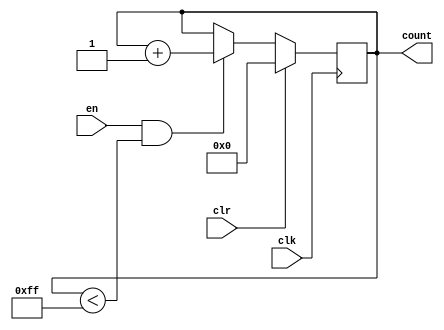
module up_counter(en, clr, count, clk);
	//up_counter with no rollover, halts increasing at MAX
	//synchronous clr
	parameter WIDTH = 8;
	parameter MAX = (1 << WIDTH) - 1;
	input en, clr, clk;
	(* KEEP = "TRUE"*) 
	output reg [WIDTH-1:0] count;


	initial begin 
		count = 0;
	end

	always @(posedge clk) begin
		if(clr) begin
			count <= 0;
		end
		else if(en && (count < MAX)) begin
 			count <= count + 1;
		end
	end

endmodule